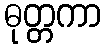
ဓုတ္တကာ